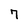
Character: 7